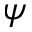
\psi